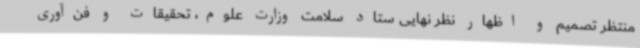
منتظر تصمیم و اظهار نظر نهایی ستاد سلامت وزارت علوم، تحقیقات و فن‌آوری